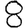
Digit: 8